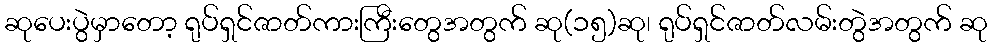
ဆုပေးပွဲမှာတော့ ရုပ်ရှင်ဇာတ်ကားကြီးတွေအတွက် ဆု(၁၅)ဆု၊ ရုပ်ရှင်ဇာတ်လမ်းတွဲအတွက် ဆု